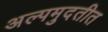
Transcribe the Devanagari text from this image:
अल्पमुदतीत